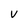
Character: V